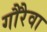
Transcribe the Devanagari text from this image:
गौरैवा